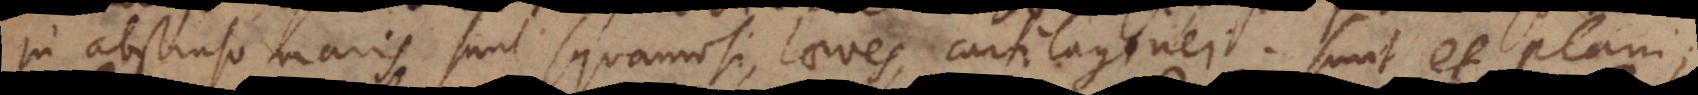
In abstruso maris sunt squamosi, laeves, cartilaginei. Sunt et plani.